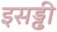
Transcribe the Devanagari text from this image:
इसड्ढी